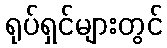
ရုပ်ရှင်များတွင်